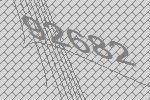
92682